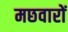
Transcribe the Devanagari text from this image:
मछवारों